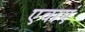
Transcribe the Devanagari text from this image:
एवाएं